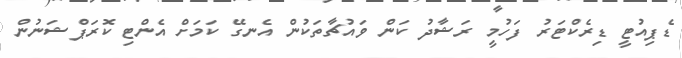
ޑެޕިއުޓީ ޑިރެކްޓަރު ފަހުމީ ރަޝާދު ކަން ވައުޗާތަކުން އެނގޭ ކަމަށް އެންޓި ކޮރަޕްޝަނުން